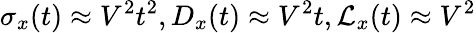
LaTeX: \sigma_{x}(t)\approx V^{2}t^{2},D_{x}(t)\approx V^{2}t,\mathcal{L}_{x}(t)\approx V^{2}